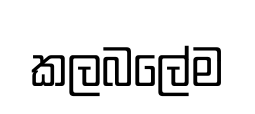
කලබලේම